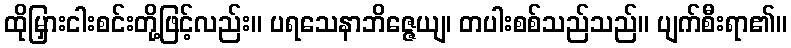
ထိုမြှားငါးစင်းတို့ဖြင့်လည်း။ ပရသေနာဘိဇ္ဇေယျ၊ တပါးစစ်သည်သည်။ ပျက်စီးရာ၏။